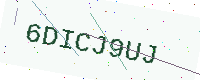
Text: 6DICJ9UJ